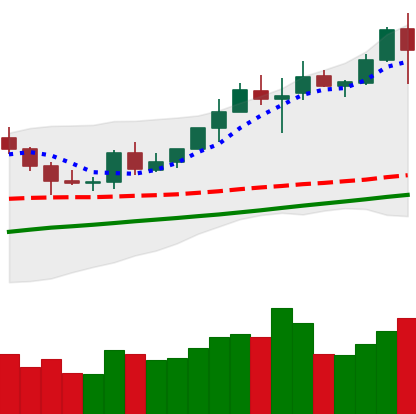
Ticker: BNB-USD
Chart end date: 2020-08-02
Forward return: 6.525%
Label: up_5_7